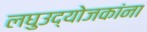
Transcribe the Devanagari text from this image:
लघुउद्योजकांना